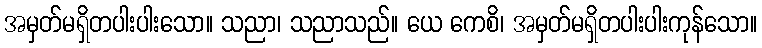
အမှတ်မရှိတပါးပါးသော။ သညာ၊ သညာသည်။ ယေ ကေစိ၊ အမှတ်မရှိတပါးပါးကုန်သော။